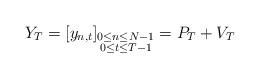
LaTeX: \begin{align*}Y_T = [y_{n,t}]_{\substack{0\leq n\leq N-1 \\0 \leq t\leq T-1}} =P_T+V_T\end{align*}